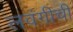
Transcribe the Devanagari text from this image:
लवंगीची